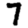
Digit: 7